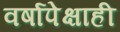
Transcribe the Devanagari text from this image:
वर्षापेक्षाही